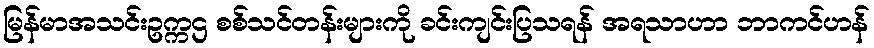
မြန်မာအသင်းဥက္ကဌ စစ်သင်တန်းများကို ခင်းကျင်းပြသရန် အရသာဟာ ဘာကင်ဟန်